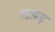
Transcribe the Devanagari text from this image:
जावड़